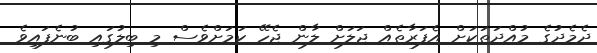
ދެމެދުގެ މުއްދަތަކަށް އެފަރާތެއް ޖަލަށް ލާން ޖެހޭ ކަމަށްވެސް މި ބިލުގައި ބުނެފައިވެ